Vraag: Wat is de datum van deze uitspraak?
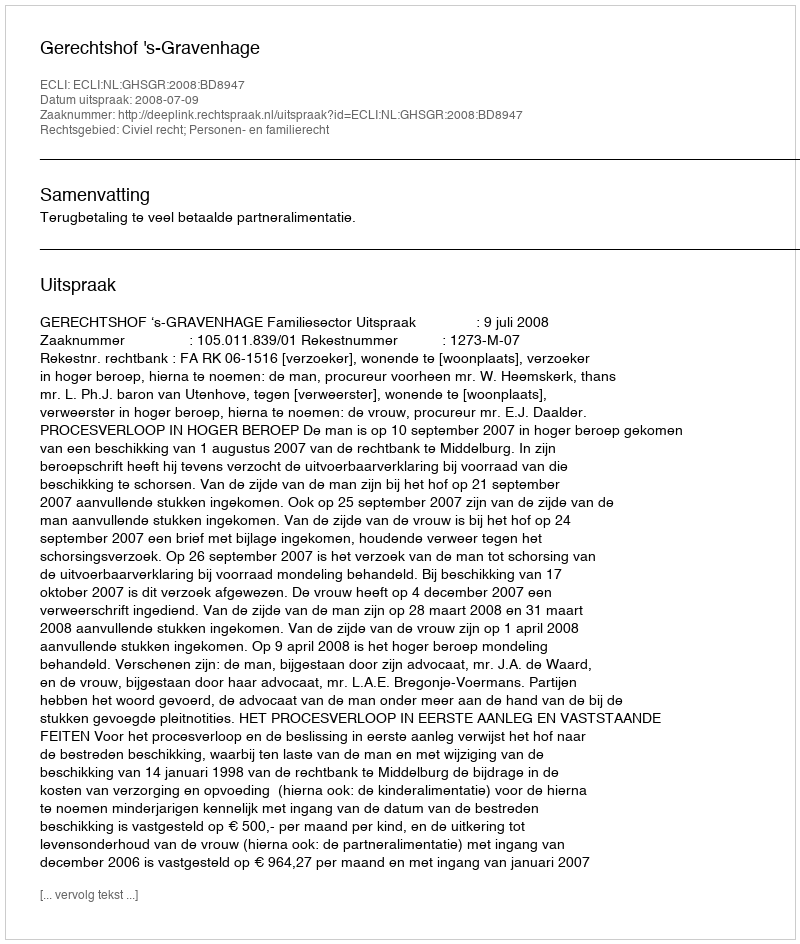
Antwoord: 2008-07-09